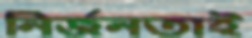
নির্জনতাই